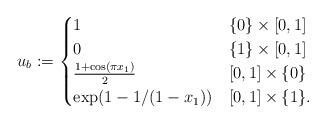
LaTeX: \begin{align*}u_b:=\begin{cases}1&\{0\}\times [0,1]\\0&\{1\}\times [0,1]\\\frac{1+\cos(\pi x_1)}{2}&[0,1]\times \{0\}\\\exp(1-1/(1-x_1))&[0,1]\times \{1\}.\end{cases}\end{align*}